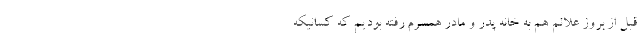
قبل از بروز علائم هم به خانه پدر و مادر همسرم رفته بودیم که کسانیکه